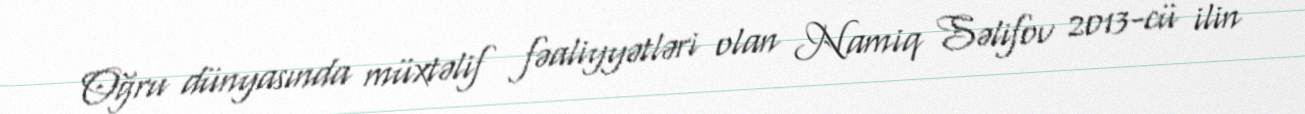
Oğru dünyasında müxtəlif fəaliyyətləri olan Namiq Səlifov 2013-cü ilin